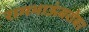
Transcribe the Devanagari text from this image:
रामभाऊंबरोबर